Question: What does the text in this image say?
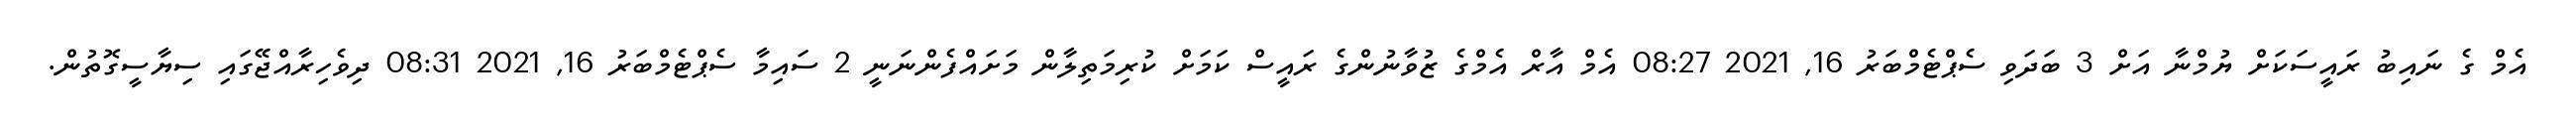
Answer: އެމް ގެ ނައިބު ރައީސަކަށް ޔުމްނާ އަށް 3 ބަދަވި ސެޕްޓެމްބަރު 16, 2021 08:27 އެމް އާރް އެމްގެ ޒުވާނުންގެ ރައީސް ކަމަށް ކުރިމަތިލާން މަށައްފެންނަނީ 2 ސައިމާ ސެޕްޓެމްބަރު 16, 2021 08:31 ދިވެހިރާއްޖޭގައި ސިޔާސީގޮތުން.